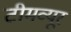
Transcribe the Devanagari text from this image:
टीमव्यूर